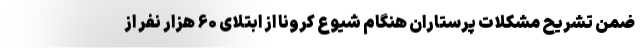
ضمن تشریح مشکلات پرستاران هنگام شیوع کرونا از ابتلای ۶۰ هزار نفر از